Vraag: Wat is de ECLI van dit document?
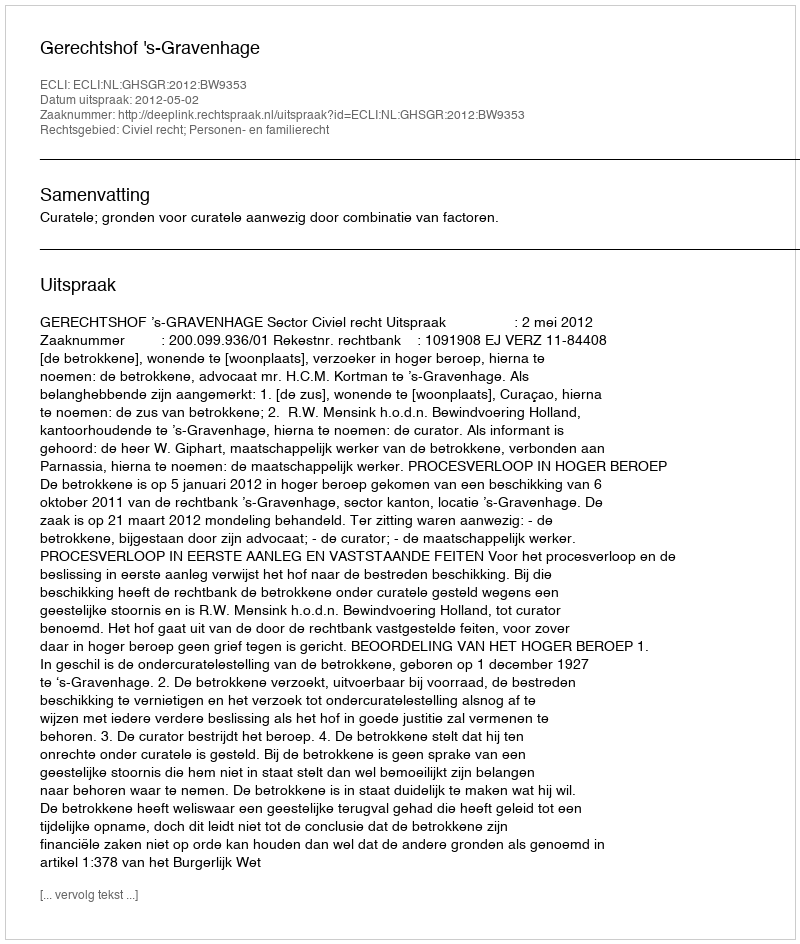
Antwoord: ECLI:NL:GHSGR:2012:BW9353